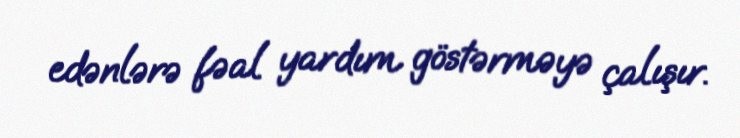
edənlərə fəal yardım göstərməyə çalışır.